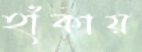
হাঁকায়